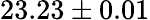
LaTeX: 23.23\pm 0.01